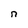
Character: n